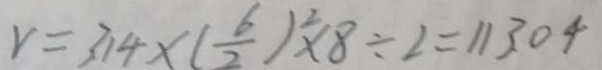
r = 3 1 4 \times ( \frac { 6 } { 2 } ) ^ { 2 } \times 8 \div 2 = 1 1 3 0 4